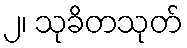
၂၊ သုခိတသုတ်